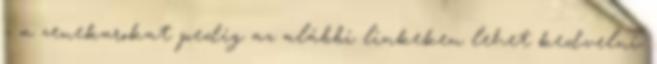
- a zenekarokat pedig az alábbi linkeken lehet kedvelni: